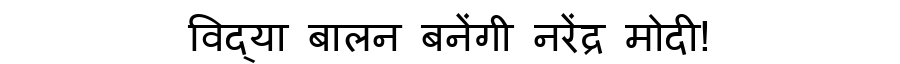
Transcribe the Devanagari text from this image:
विद्या बालन बनेंगी नरेंद्र मोदी!